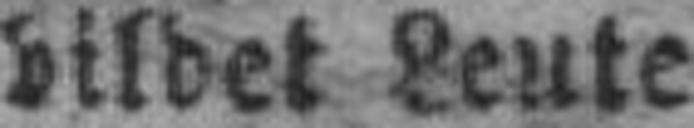
bildet Leute